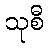
သုစီ